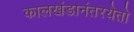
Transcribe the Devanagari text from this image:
कालखंडानंतरयेतो